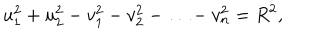
LaTeX: u _ { 1 } ^ { 2 } + u _ { 2 } ^ { 2 } - v _ { 1 } ^ { 2 } - v _ { 2 } ^ { 2 } - \ldots - v _ { n } ^ { 2 } = R ^ { 2 } ,